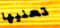
تعنيها